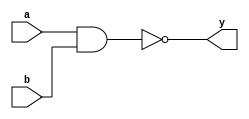
/** 
 * This is a Verilog implementation for a gate of type 2NAND.
 */

module dg_2NAND (
  a, b, 
  y
);

  // input ports
  input a;
  input b;

  // output ports
  output y;

  assign y = ~(a & b);

endmodule